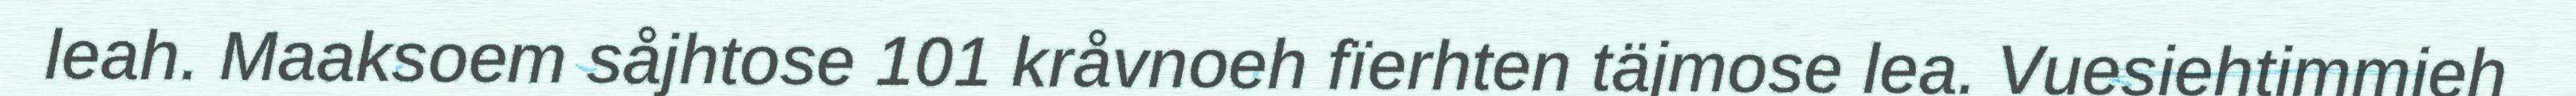
leah. Maaksoem såjhtose 101 kråvnoeh fïerhten täjmose lea. Vuesiehtimmieh